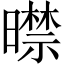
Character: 𣋜